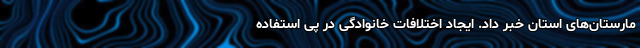
مارستان‌های استان خبر داد. ایجاد اختلافات خانوادگی در پی استفاده